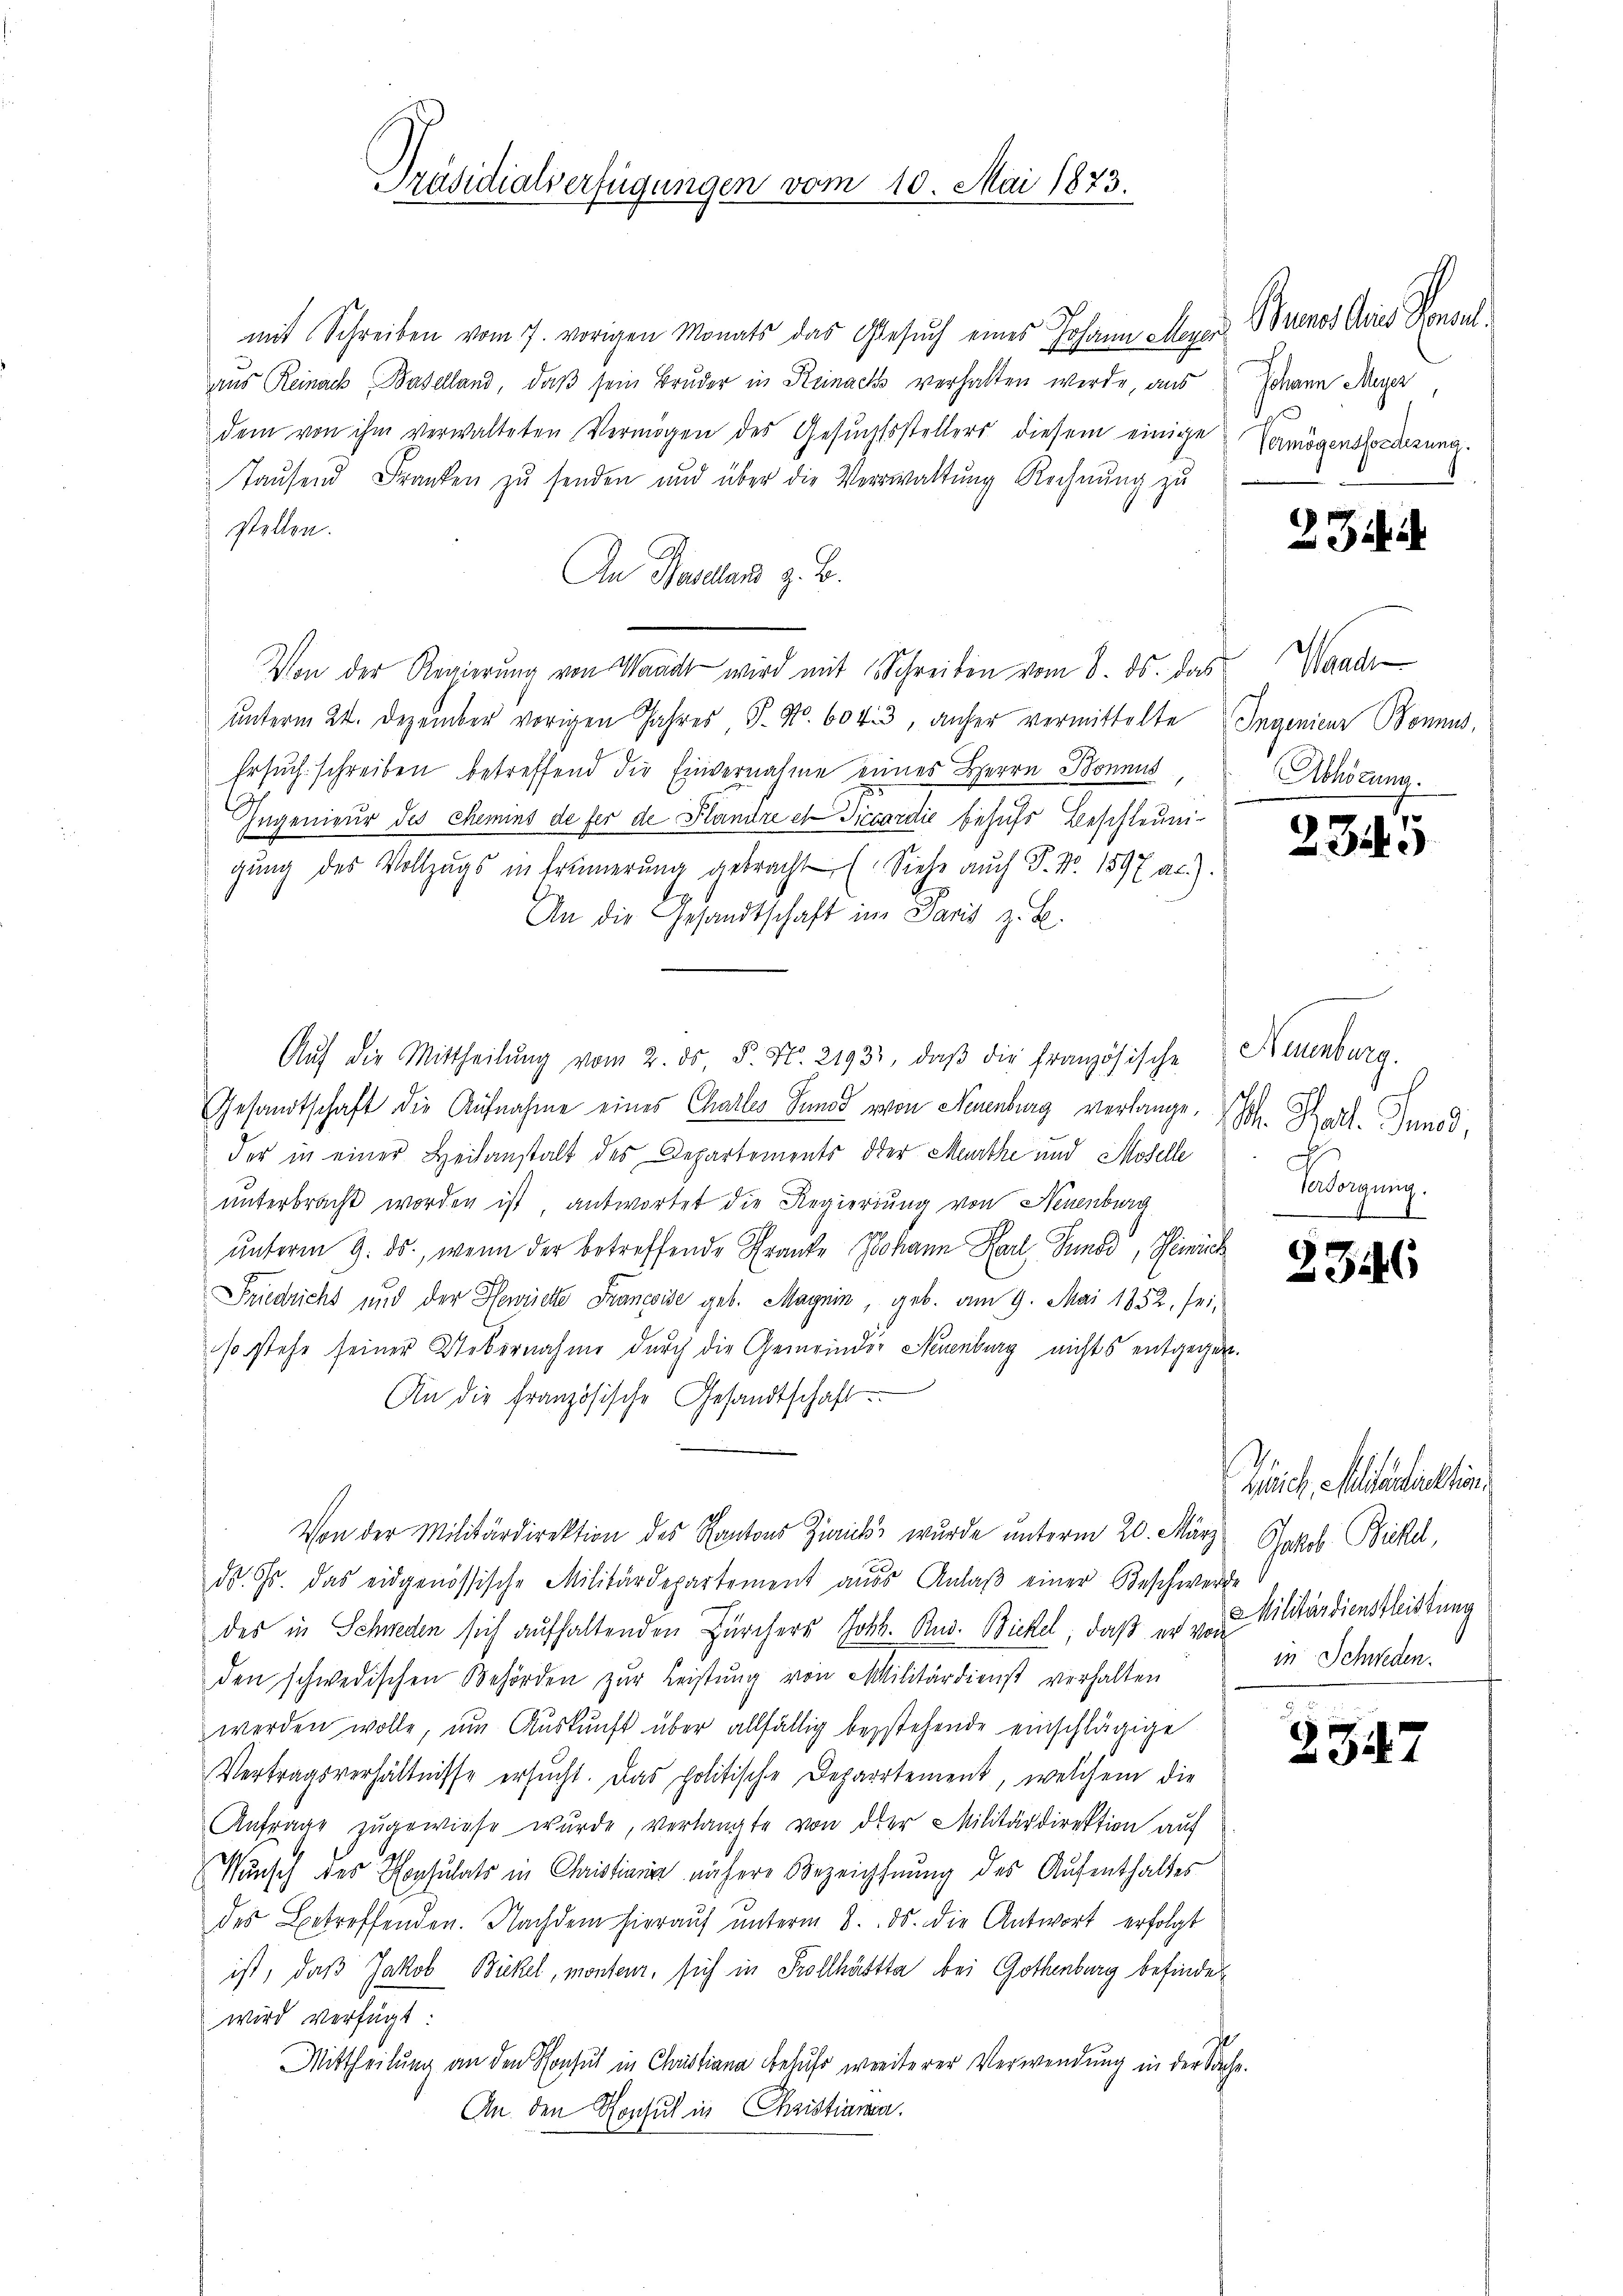
Präsidialverfügungen

mit Schreiben vom 7. vorigen Monats das Gesuch eines Johann Meyer
aus Reinach Baselland, daß sein Bruder in Reinachs verhalten werde, aus Mann Auer
dem von ihm verwalteten Vermögen des Gesuchtsstellers diesem einige
Taŭsend Franken zŭ senden und über die Verwaltung Rechnung zu
stellen.
An Menden z. B.
Von der Regierung von Waadt wird mit Schreiben vom 8. ds. das Wande
ŭnterm 24. Dezember vorigen Jahres, P. Nr. 604. 3, anher vermittelte Ingenieur Bonnus,
Ersuch schreiben betreffend die Einvernahme eines Herrn Bonnus, Abhörung.
Ingenieur des Chemins de fer de Plandre et Siccardić behufs Beschleunigung des Vollzugs in Erinnerung gebracht (Siehe auch P. Nr. 1597 ac.).
An die Gesandtschaft in Paris z. B.
Aŭf die Mittheilŭng vom 2. ds P. Nr. 21933, daβ die französische Neuenburg.
Gesandtschaft die Aufnahme eines Charles Junod von Neuenburg verlange,
der in einer Heilanstalt des Departements oder Meurthe und Moselle
unterbracht worden ist antwortet die Regierung von Neuenburg
unterm 9. ds., wenn der betreffende Franke Johann Kerl, Sund, Remich
Friedricht und der Gewichte Francoise geb. Maynin, geb. am 9. Mai 1852, sei,
so stehe seiner Uebernahme durch die Gemeinder Neuenburg nichts entgegen.
An die französische Gesandtschaft
Von der Militärdirektion des Kantons Zinicks wurde unterm 20. März Jakob Bichl,
ds. Gs. das eidgenössische Militärdepartement aŭss Anlaβ einer Beschwerde
des in Schweden sich aufhaltenden Zürchers Joh. Rud. Bickel, daß er von
den schwedischen Behörden zŭr Leistŭng von Militärdienst verhalten
werden wolle, am Auskunft über allfällig bestehende einschlägige
Vertragsverhältnisse ersŭcht. Das politische Departement, welchem die
Anfrage zŭgewiese wurde, verlangte von der Militärdirektion aŭf
Wunsch des Konsulats in Chaistiani nähere Bezeichnung des Aufenthaltes
des Betreffenden. Nachdem hieraŭf ŭnterm 8. ds. die Antwort erfolgt
ist, daß Jakob Bickel, monteur, sich in Prollhättta bei Gothenburg befinde
wird verfügt:
Mittheilung an den Konsul in Christiana befuhr weiterer Verwendung in der Sache.
An den Konsul in Christianen.

1

Mai 1873.

Gruener die Konsul
Vermögensforderung.

23 d

2315

h. Sal. Sand,
.
Versorgung.

2346

Zeich Mariation
Militärdienstleistung
in Schweden.

2347